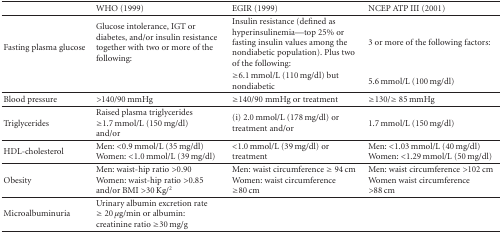
<table><thead><tr><td></td><td><b>WHO (1999)</b></td><td><b> EGIR (1999)</b></td><td><b> NCEP ATP III (2001)</b></td></tr></thead><tbody><tr><td rowspan="2">Fasting plasma glucose</td><td>Glucose intolerance, IGT or diabetes, and/or insulin resistance together with two or more of the following:</td><td>Insulin resistance (defined as hyperinsulinemia—top 25% or fasting insulin values among the nondiabetic population). Plus two of the following:</td><td> 3 or more of the following factors:</td></tr><tr><td></td><td>≥6.1 mmol/L (110 mg/dl) but nondiabetic</td><td>5.6 mmol/L (100 mg/dl) </td></tr><tr><td>Blood pressure</td><td>&gt;140/90 mmHg</td><td> ≥140/90 mmHg or treatment</td><td> ≥130/≥ 85 mmHg</td></tr><tr><td>Triglycerides</td><td>Raised plasma triglycerides ≥1.7 mmol/L (150 mg/dl) and/or</td><td>(i) 2.0 mmol/L (178 mg/dl) or treatment and/or</td><td> 1.7 mmol/L (150 mg/dl) </td></tr><tr><td>HDL-cholesterol</td><td>Men: &lt;0.9 mmol/L (35 mg/dl) Women: &lt;1.0 mmol/L (39 mg/dl)</td><td> &lt;1.0 mmol/L (39 mg/dl) or treatment</td><td>Men: &lt;1.03 mmol/L (40 mg/dl) Women: &lt;1.29 mmol/L (50 mg/dl) </td></tr><tr><td>Obesity</td><td>Men: waist-hip ratio &gt;0.90Women: waist-hip ratio &gt;0.85and/or BMI &gt;30 Kg/<sup>2</sup></td><td> Men: waist circumference ≥ 94 cm Women: waist circumference ≥80 cm</td><td> Men: waist circumference &gt;102 cm Women waist circumference &gt;88 cm</td></tr><tr><td>Microalbuminuria</td><td>Urinary albumin excretion rate ≥ 20 <i>μ</i>g/min or albumin: creatinine ratio ≥30 mg/g</td><td></td><td></td></tr></tbody></table>